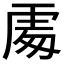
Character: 𠁅